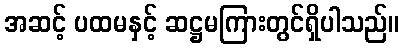
အဆင့် ပထမနှင့် ဆဋ္ဌမကြားတွင်ရှိပါသည်။